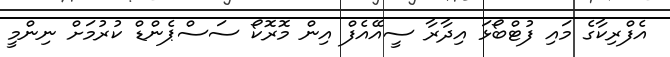
އެފްރިކާގެ މައި ފުޓްބޯޅަ އިދާރާ ސީއޭއެފް އިން މޮރޮކޯ ސަސްޕެންޑް ކުރުމަށް ނިންމީ